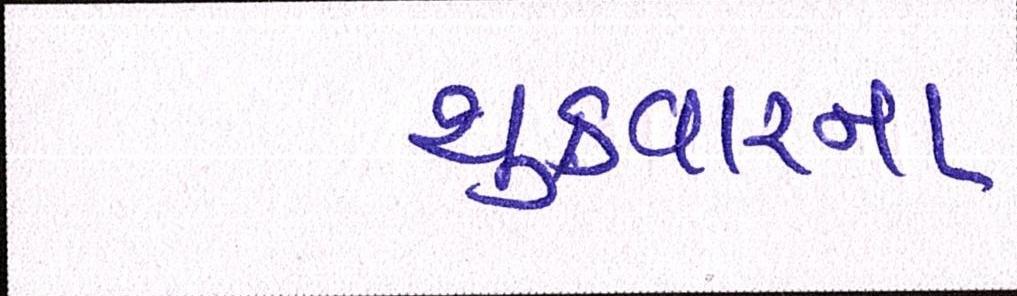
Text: શુક્રવારના